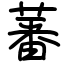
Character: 蕃